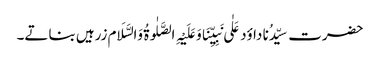
حضرت سیِّدُنا داؤد عَلٰی نَبِیِّنَاوَعَلَیْہِ الصَّلٰوۃُ وَالسَّلَام زرہیں بناتے۔